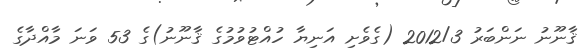
ޤާނޫނު ނަންބަރު 2012/3 (ގެވެށި އަނިޔާ ހުއްޓުވުމުގެ ޤާނޫނު)ގެ 53 ވަނަ މާއްދާގެ